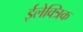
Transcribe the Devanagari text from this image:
ईलेक्त्रिक